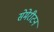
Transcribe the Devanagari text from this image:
सेमेरीटन